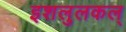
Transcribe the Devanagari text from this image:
इशलुलकल्